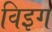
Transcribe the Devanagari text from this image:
विइग